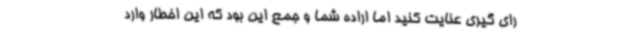
رای گیری عنایت کنید اما اراده شما و جمع این بود که این اخطار وارد